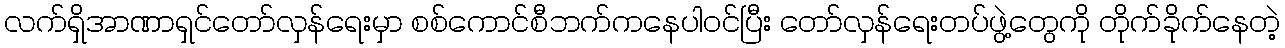
လက်ရှိအာဏာရှင်တော်လှန်ရေးမှာ စစ်ကောင်စီဘက်ကနေပါဝင်ပြီး တော်လှန်ရေးတပ်ဖွဲ့တွေကို တိုက်ခိုက်နေတဲ့